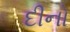
દીનો